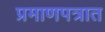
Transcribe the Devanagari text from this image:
प्रमाणपत्रात